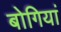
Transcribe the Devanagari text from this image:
बोगियां